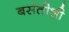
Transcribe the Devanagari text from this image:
बसंतीशी